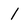
Character: l